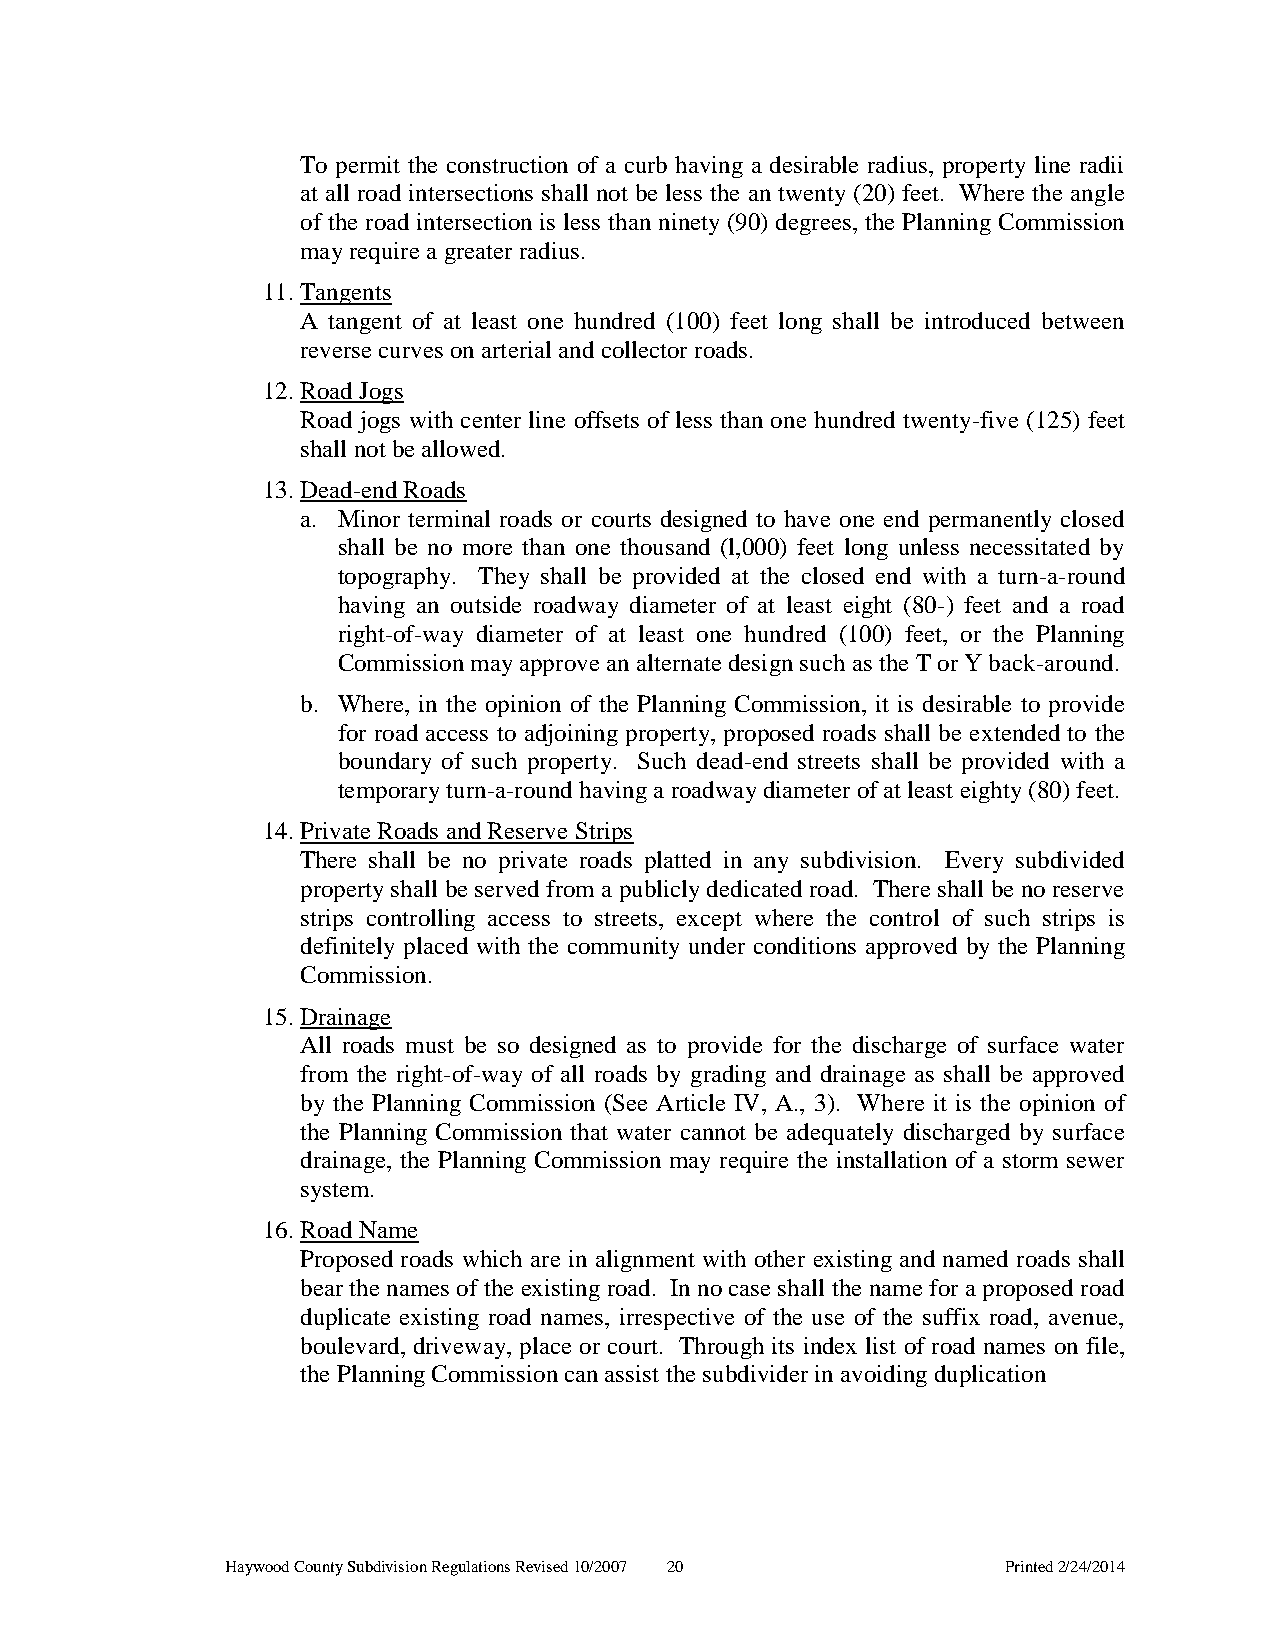
To permit the construction of a curb having a desirable radius, property line radii
 at all road intersections shall not be less the an twenty (20) feet. Where the angle
 of the road intersection is less than ninety (90) degrees, the Planning Commission
 may require a greater radius.
 11. Tangents
 A tangent of at least one hundred (100) feet long shall be introduced between
 reverse curves on arterial and collector roads.
 12. Road Jogs
 Road jogs with center line offsets of less than one hundred twenty-five (125) feet
 shall not be allowed.
 13. Dead-end Roads
 a. Minor terminal roads or courts designed to have one end permanently closed
 shall be no more than one thousand (l,000) feet long unless necessitated by
 topography. They shall be provided at the closed end with a turn-a-round
 having an outside roadway diameter of at least eight (80-) feet and a road
 right-of-way diameter of at least one hundred (100) feet, or the Planning
 Commission may approve an alternate design such as the T or Y back-around.
 b. Where, in the opinion of the Planning Commission, it is desirable to provide
 for road access to adjoining property, proposed roads shall be extended to the
 boundary of such property. Such dead-end streets shall be provided with a
 temporary turn-a-round having a roadway diameter of at least eighty (80) feet.
 14. Private Roads and Reserve Strips
 There shall be no private roads platted in any subdivision. Every subdivided
 property shall be served from a publicly dedicated road. There shall be no reserve
 strips controlling access to streets, except where the control of such strips is
 definitely placed with the community under conditions approved by the Planning
 Commission.
 15. Drainage
 All roads must be so designed as to provide for the discharge of surface water
 from the right-of-way of all roads by grading and drainage as shall be approved
 by the Planning Commission (See Article IV, A., 3). Where it is the opinion of
 the Planning Commission that water cannot be adequately discharged by surface
 drainage, the Planning Commission may require the installation of a storm sewer
 system.
 16. Road Name
 Proposed roads which are in alignment with other existing and named roads shall
 bear the names of the existing road. In no case shall the name for a proposed road
 duplicate existing road names, irrespective of the use of the suffix road, avenue,
 boulevard, driveway, place or court. Through its index list of road names on file,
 the Planning Commission can assist the subdivider in avoiding duplication
 Haywood County Subdivision Regulations Revised 10/2007 20 Printed 2/24/2014